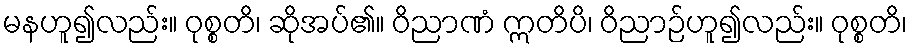
မနဟူ၍လည်း။ ဝုစ္စတိ၊ ဆိုအပ်၏။ ဝိညာဏံ ဣတိပိ၊ ဝိညာဉ်ဟူ၍လည်း။ ဝုစ္စတိ၊